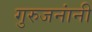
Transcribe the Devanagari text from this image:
गुरुजनांनी